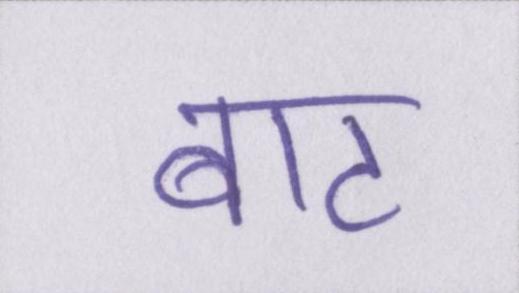
बाट